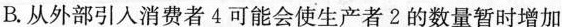
B.从外部引人消费者4可能会使生产者2的数量暂时增加